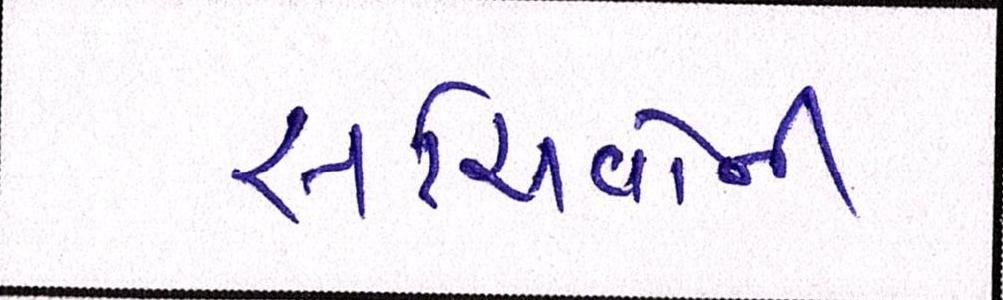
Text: સચિવોની